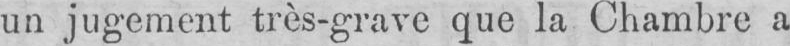
un jugement très-grave que la Chambre a